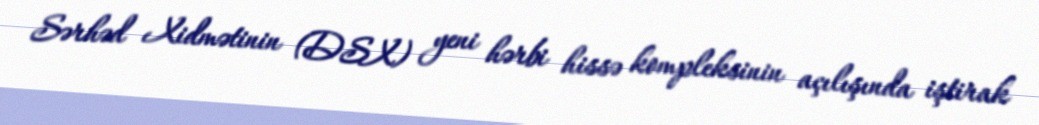
Sərhəd Xidmətinin (DSX) yeni hərbi hissə kompleksinin açılışında iştirak